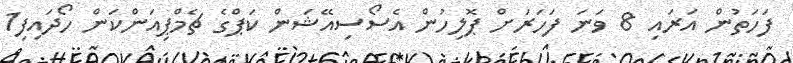
ފަހަތުން އަރައި 8 ވަނަ ފަހަރަށް ޕޮލިހުން އެސޯސިއޭޝަން ކަޕްގެ ޗެމްޕިއަންކަން ހޯދައިފި1